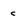
Character: c